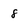
Character: 8